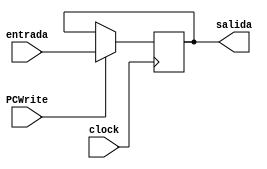
`timescale 1ns / 1ps
//////////////////////////////////////////////////////////////////////////////////
// Company: 
// Engineer: 
// 
// Design Name: 
// Module Name:    pc 
// Project Name: 
// Target Devices: 
// Tool versions: 
// Description: 
//
// Dependencies: 
//
// Revision: 
// Revision 0.01 - File Created
// Additional Comments: 
//
//////////////////////////////////////////////////////////////////////////////////
module pc(
	 input [10:0] entrada,
	 input clock,
	 input PCWrite,
	 output [10:0] salida
	 );
	 
	reg [10:0] pc_aux = 11'b000000_00000;
	
	always @(posedge clock)
	begin
		if(PCWrite)
			pc_aux = entrada;
		else
			pc_aux = pc_aux;
	end
	
	assign salida = pc_aux;

endmodule